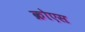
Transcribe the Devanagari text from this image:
क्रोएस